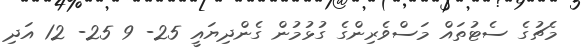
މެޗުގެ ސެޓުތައް މަސްވެރިންގެ ގުޅުމުން ގެންދިޔައީ 25- 9 25- 12 އަދި